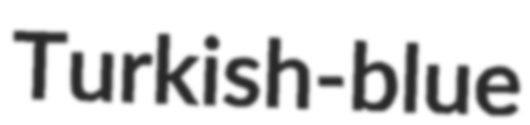
Turkish-blue